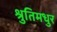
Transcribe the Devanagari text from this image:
श्रुतिमधुर